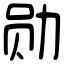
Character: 勋